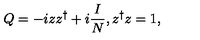
Q = - i z z ^ { \dagger } + i \frac { I } { N } , z ^ { \dagger } z = 1 ,